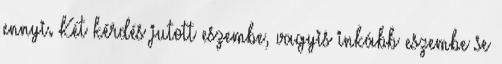
ennyi. Két kérdés jutott eszembe, vagyis inkább eszembe se